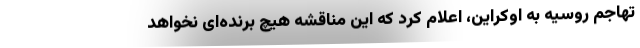
تهاجم روسیه به اوکراین، اعلام کرد که این مناقشه هیچ برنده‌ای نخواهد